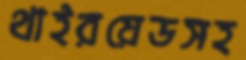
থাইরয়েডসহ